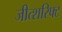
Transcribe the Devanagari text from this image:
जीत्शरिफ्ट